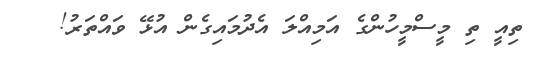
ތިއީ ތި މީސްމީހުންގެ އަމިއްލަ އެދުމައިގެން އުޅޭ ވައްތަރު!